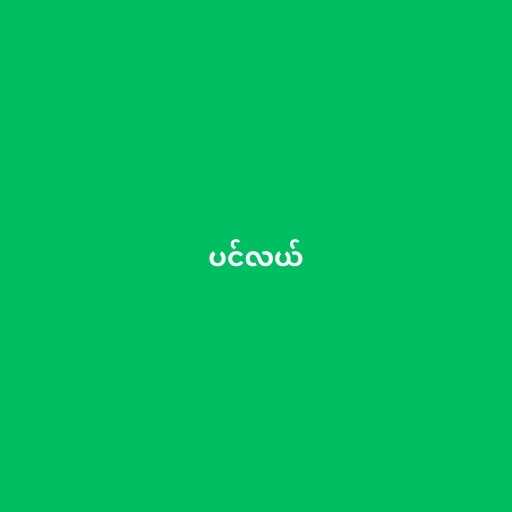
ပင်လယ်